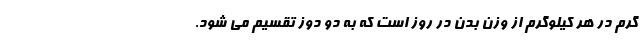
گرم در هر کیلوگرم از وزن بدن در روز است که به دو دوز تقسیم می شود.